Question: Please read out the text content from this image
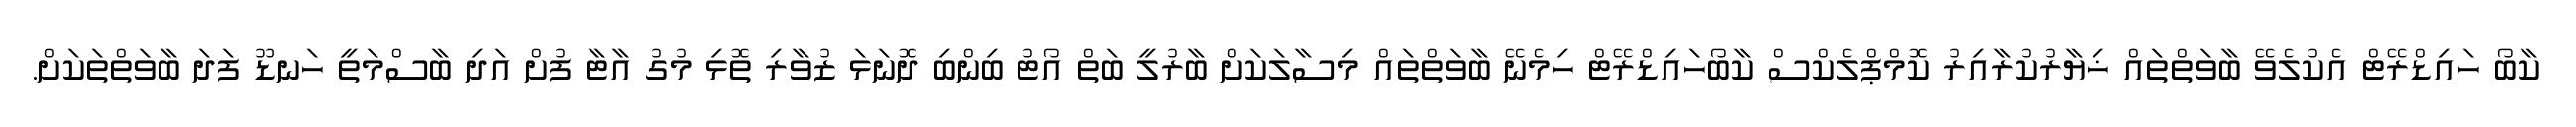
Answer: ކާބޯ ހައިޑްރޭޓް އެކުލެވޭ ބާވަތްތައް ޚިޔާރުކުރާއިރު ކޮމްޕްލެކްސް ކާބޯހައިޑްރޭޓް ހިމެނޭ ބާވަތްތައް މިސާލަކަށް ބާރުލީ ބަތް އޯޓު ބިންބި ދޮނަޅަ ޒުވާރި ތޮޅި މުގު އާޓާ ފުށް އަދި ބާސްމަތީ ހަނޑޫ ފަދަ ބާވަތްތަކަށް.